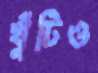
খুঁটিও